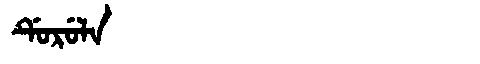
Manchu: ᡩᡠᡵᡠᠯᠠ
Romanization: DURULA